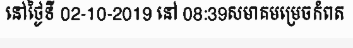
នៅថ្ងៃទី 02-10-2019 នៅ 08:39សមាគមម្រេចកំពត